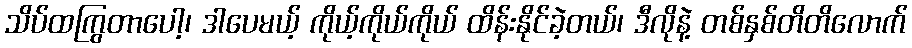
သိပ်ထကြွတာပေါ့၊ ဒါပေမယ့် ကိုယ့်ကိုယ်ကိုယ် ထိန်းနိုင်ခဲ့တယ်၊ ဒီလိုနဲ့ တစ်နှစ်တိတိလောက်